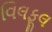
વિલફૂલ